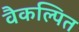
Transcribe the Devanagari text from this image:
वैकल्पित